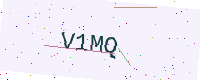
Text: V1MQ